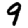
Digit: 9